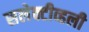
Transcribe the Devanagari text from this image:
सलेक्टीव्हली